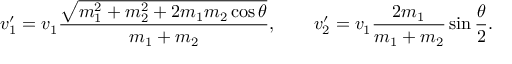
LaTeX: v _ { 1 } ^ { \prime } = v _ { 1 } { \frac { \sqrt { m _ { 1 } ^ { 2 } + m _ { 2 } ^ { 2 } + 2 m _ { 1 } m _ { 2 } \cos \theta } } { m _ { 1 } + m _ { 2 } } } , \qquad v _ { 2 } ^ { \prime } = v _ { 1 } { \frac { 2 m _ { 1 } } { m _ { 1 } + m _ { 2 } } } \sin { \frac { \theta } { 2 } } .